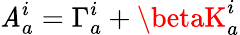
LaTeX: \mathit{A}_{a}^{i}=\Gamma_{a}^{i}+\betaK_{a}^{i}